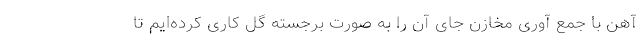
آهن با جمع آوری مخازن جای آن را به صورت برجسته گل کاری کرده‌ایم تا